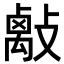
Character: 𢿑